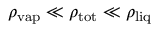
\rho _ { \mathrm { v a p } } \ll \rho _ { \mathrm { t o t } } \ll \rho _ { \mathrm { l i q } }